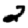
Digit: 2